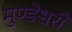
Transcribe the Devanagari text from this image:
मुण्डेश्वरी